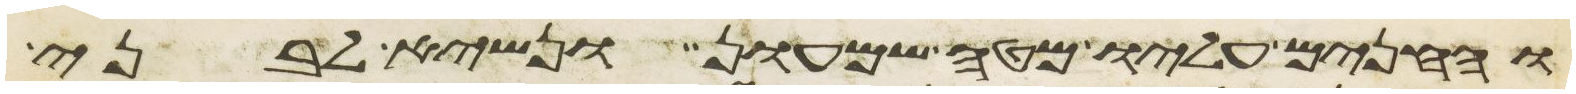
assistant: והחנים עליו מטה שמעון ונשיא לבני